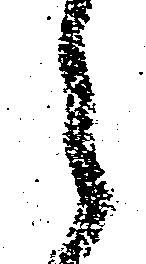
々